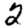
Digit: 2